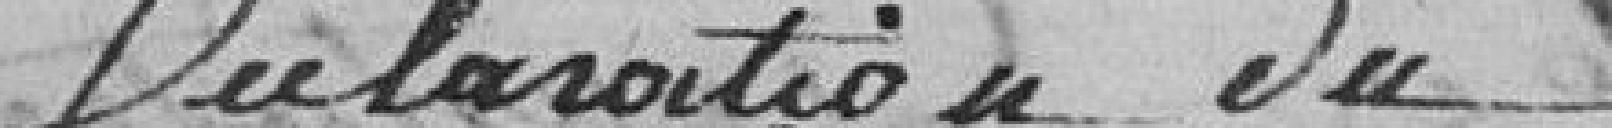
Déclaration du